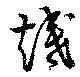
熾